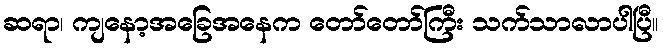
ဆရာ၊ ကျနော့အခြေအနေက တော်တော်ကြီး သက်သာလာပါပြီ။